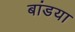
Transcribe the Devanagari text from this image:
बांडया